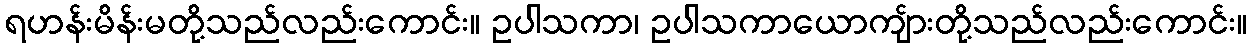
ရဟန်းမိန်းမတို့သည်လည်းကောင်း။ ဥပါသကာ၊ ဥပါသကာယောကျ်ားတို့သည်လည်းကောင်း။